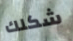
شكلك